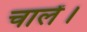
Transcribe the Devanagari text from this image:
चालें।